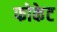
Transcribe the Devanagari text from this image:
फोकेट